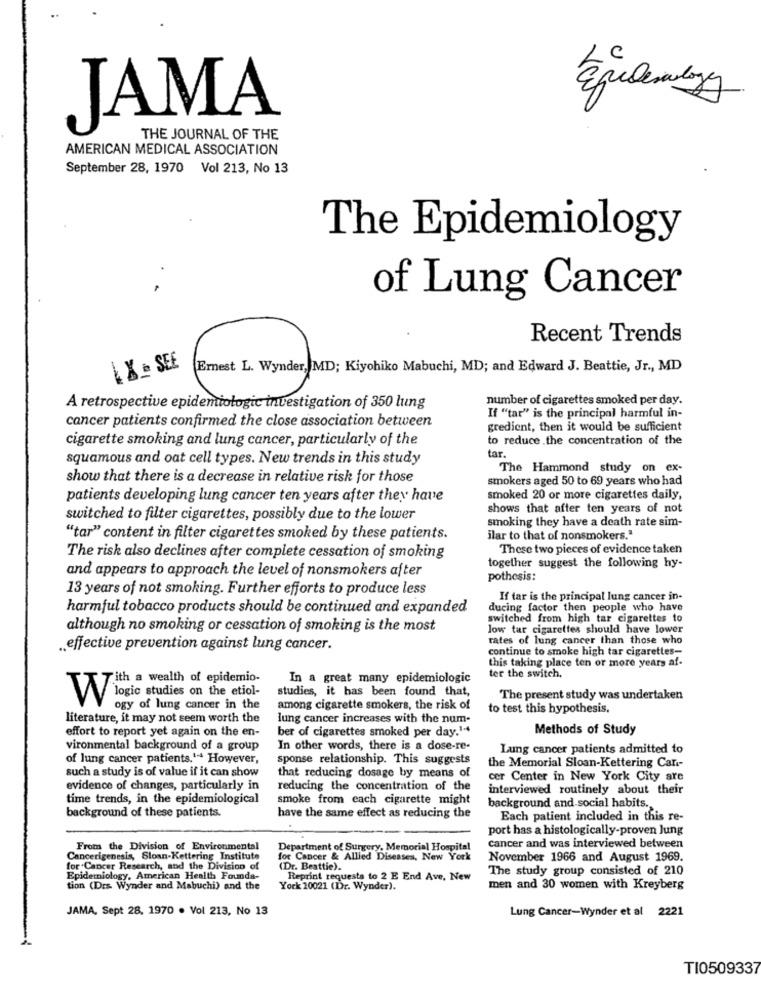
JAMA
THE JOURNAL OF THE
AMERICAN MEDICAL ASSOCIATION
September 28, 1970 Vol 213, No 13
The Epidemiology
of Lung Cancer
Recent Trends
L X = SEE
Ernest L. Wynder, MD; Kiyohiko Mabuchi, MD; and Edward J. Beattie, Jr ., MD
Vyder IND;
number of cigarettes smoked per day.
A retrospective epidemiologic investigation of 350 lung
cancer patients confirmed the close association between
If "tar" is the principal harmful in-
gredient, then it would be sufficient
cigarette smoking and lung cancer, particularly of the
to reduce the concentration of the
tar.
squamous and oat cell types. New trends in this study
The Hammond study on ex-
show that there is a decrease in relative risk for those
smokers aged 50 to 69 years who had
patients developing lung cancer ten years after they have
smoked 20 or more cigarettes daily,
shows that after ten years of not
switched to filter cigarettes, possibly due to the lower
smoking they have a death rate sim-
"tar" content in filter cigarettes smoked by these patients.
ilar to that of nonsmokers."
These two pieces of evidence taken
The risk also declines after complete cessation of smoking
and appears to approach the level of nonsmokers after
together suggest the following hy-
pothesis:
13 years of not smoking. Further efforts to produce less
If tar is the principal lung cancer in-
harmful tobacco products should be continued and expanded
ducing factor then people who have
switched from high tar cigarettes to
although no smoking or cessation of smoking is the most
low tar cigarettes should have lower
rates of lung cancer than those who
.. effective prevention against lung cancer.
continue to smoke high tar cigarettes-
this taking place ten or more years af-
ith a wealth of epidemio-
In a great many epidemiologic
ter the switch.
studies, it has been found that,
The present study was undertaken
VY logic studies on the etiol-
ogy of lung cancer in the
among cigarette smokers, the risk of
to test this hypothesis.
literature, it may not seem worth the
lung cancer increases with the num-
effort to report yet again on the en-
ber of cigarettes smoked per day.14
Methods of Study
vironmental background of a group
In other words, there is a dose-re-
Lung cancer patients admitted to
of lung cancer patients.1 However,
sponse relationship. This suggests
such a study is of value if it can show
the Memorial Sloan-Kettering Can-
that reducing dosage by means of
cer Center in New York City are
evidence of changes, particularly in
reducing the concentration of the
interviewed routinely about their
time trends, in the epidemiological
smoke from each cigarette might
background of these patients.
background and social habits .,
have the same effect as reducing the
Each patient included in this re-
port has a histologically-proven Jung
From the Division of Environmental
Department of Surgery, Memorial Hospital
Cancer and was interviewed between
Cancerigenesis, Sloan-Kettering Institute
for Cancer & Allied Diseases, New York
November 1966 and August 1969.
for Cancer Research, and the Division of
(Dr. Beattie).
The study group consisted of 210
Epidemiology, American Health Founda-
Reprint requests to 2 E End Ave, New
tion (Drs Wynder and Mabuchi) and the
York 10021 (Dr. Wynder).
men and 30 women with Kreyberg
JAMA, Sept 28, 1970 . Vol 213, No 13
Lung Cancer-Wynder et al 2221
TI0509337